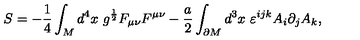
S = - \frac 1 4 \int _ { M } d ^ { 4 } x \ g ^ { \frac 1 2 } F _ { \mu \nu } F ^ { \mu \nu } - \frac a 2 \int _ { \partial M } d ^ { 3 } x \ \varepsilon ^ { i j k } A _ { i } \partial _ { j } A _ { k } ,